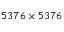
5 3 7 6 \times 5 3 7 6